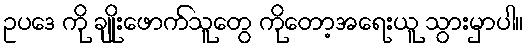
ဥပဒေ ကို ချိုးဖောက်သူတွေ ကိုတော့အရေးယူ သွားမှာပါ။